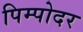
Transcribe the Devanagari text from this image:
पिम्पोदर